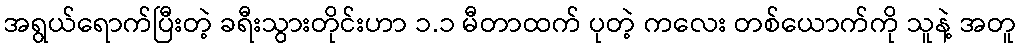
အရွယ်ရောက်ပြီးတဲ့ ခရီးသွားတိုင်းဟာ ၁.၁ မီတာထက် ပုတဲ့ ကလေး တစ်ယောက်ကို သူနဲ့ အတူ